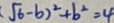
( \sqrt { 6 } - b ) ^ { 2 } + b ^ { 2 } = 4